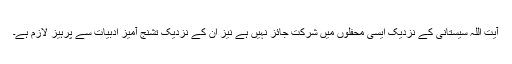
آیت اللہ سیستانی کے نزدیک ایسی محفلوں میں شرکت جائز نہیں ہے نیز ان کے نزدیک تشنج آمیز ادبیات سے پرہیز لازم ہے۔